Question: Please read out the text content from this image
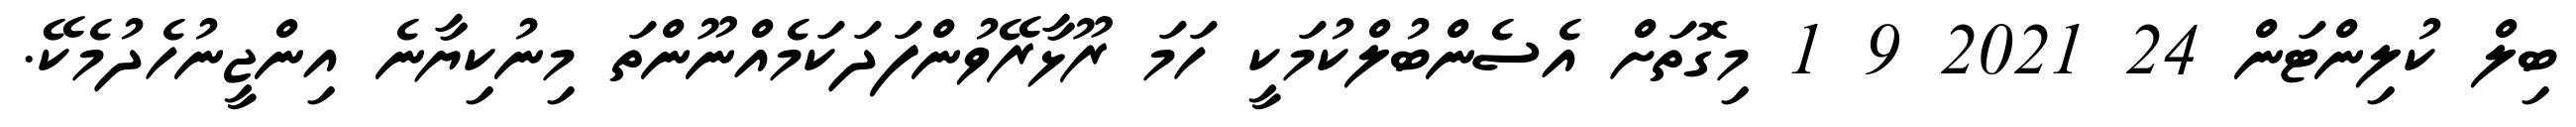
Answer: ބިލް ކުލިންޓަން 24 2021 9 1 މިގޮތަށް އެސެންބުލްކުމަކީ ހަމަ ރޫޅާރޭވުންފަދަކަމެއްނޫންތަ މިނުކިޔާނެ އިންޖީނުހެދުމެކޭ.